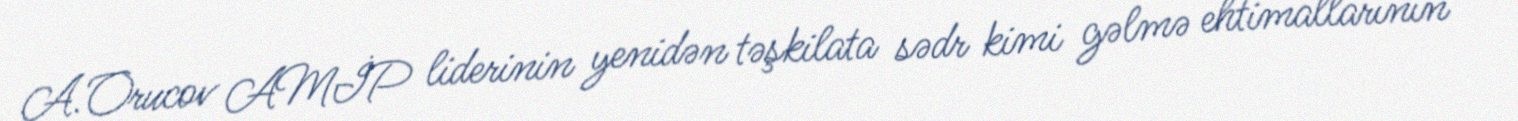
A.Orucov AMİP liderinin yenidən təşkilata sədr kimi gəlmə ehtimallarının